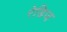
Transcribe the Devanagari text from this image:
रेडिज